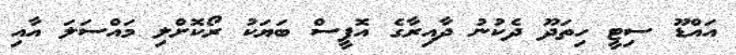
އައްޑޫ ސިޓީ ހިތަދޫ ދެކުނު ދާއިރާގެ އޮފީސް ބަޔަކު ރޯކޮށްލި މައްސަލަ އާއި